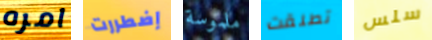
امره إضطررت ملموسة تطلقت سلس